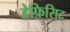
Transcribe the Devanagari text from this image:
डेफ़िसिट